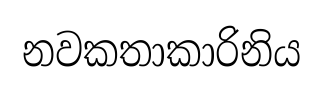
නවකතාකාරිනිය